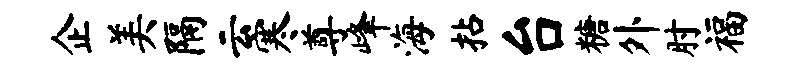
企美隔云寒尊峰海拈台糖外肘福